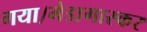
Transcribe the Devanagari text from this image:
गया।मेडागास्कर